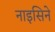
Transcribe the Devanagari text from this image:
नाइसिने